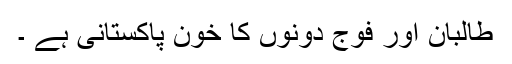
طالبان اور فوج دونوں کا خون پاکستانی ہے ۔